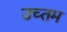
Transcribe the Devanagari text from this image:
उच्तम